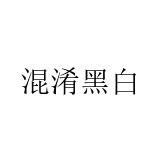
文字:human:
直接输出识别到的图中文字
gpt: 混淆黑白